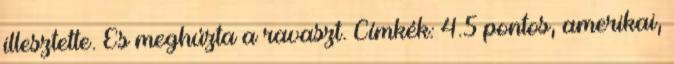
illesztette. És meghúzta a ravaszt. Címkék: 4.5 pontos, amerikai,